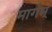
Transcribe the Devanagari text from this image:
मार्गम्